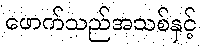
ဖောက်သည်အသစ်နှင့်